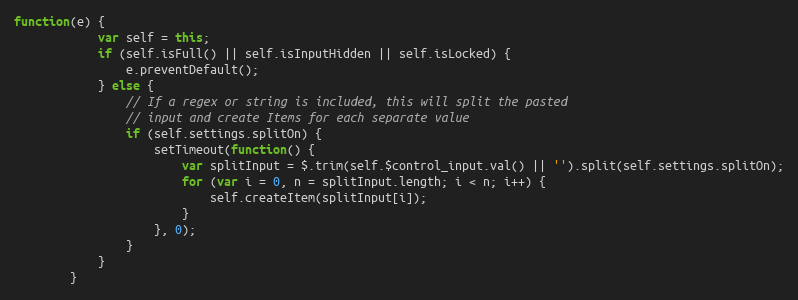
Language: JavaScript
function(e) {
			var self = this;
			if (self.isFull() || self.isInputHidden || self.isLocked) {
				e.preventDefault();
			} else {
				// If a regex or string is included, this will split the pasted
				// input and create Items for each separate value
				if (self.settings.splitOn) {
					setTimeout(function() {
						var splitInput = $.trim(self.$control_input.val() || '').split(self.settings.splitOn);
						for (var i = 0, n = splitInput.length; i < n; i++) {
							self.createItem(splitInput[i]);
						}
					}, 0);
				}
			}
		}